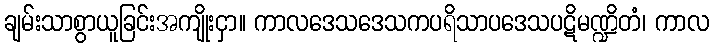
ချမ်းသာစွာယူခြင်းအကျိုးငှာ။ ကာလဒေသဒေသကပရိသာပဒေသပဋိမဏ္ဍိတံ၊ ကာလ